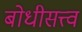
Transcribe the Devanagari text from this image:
बोधीसत्त्व